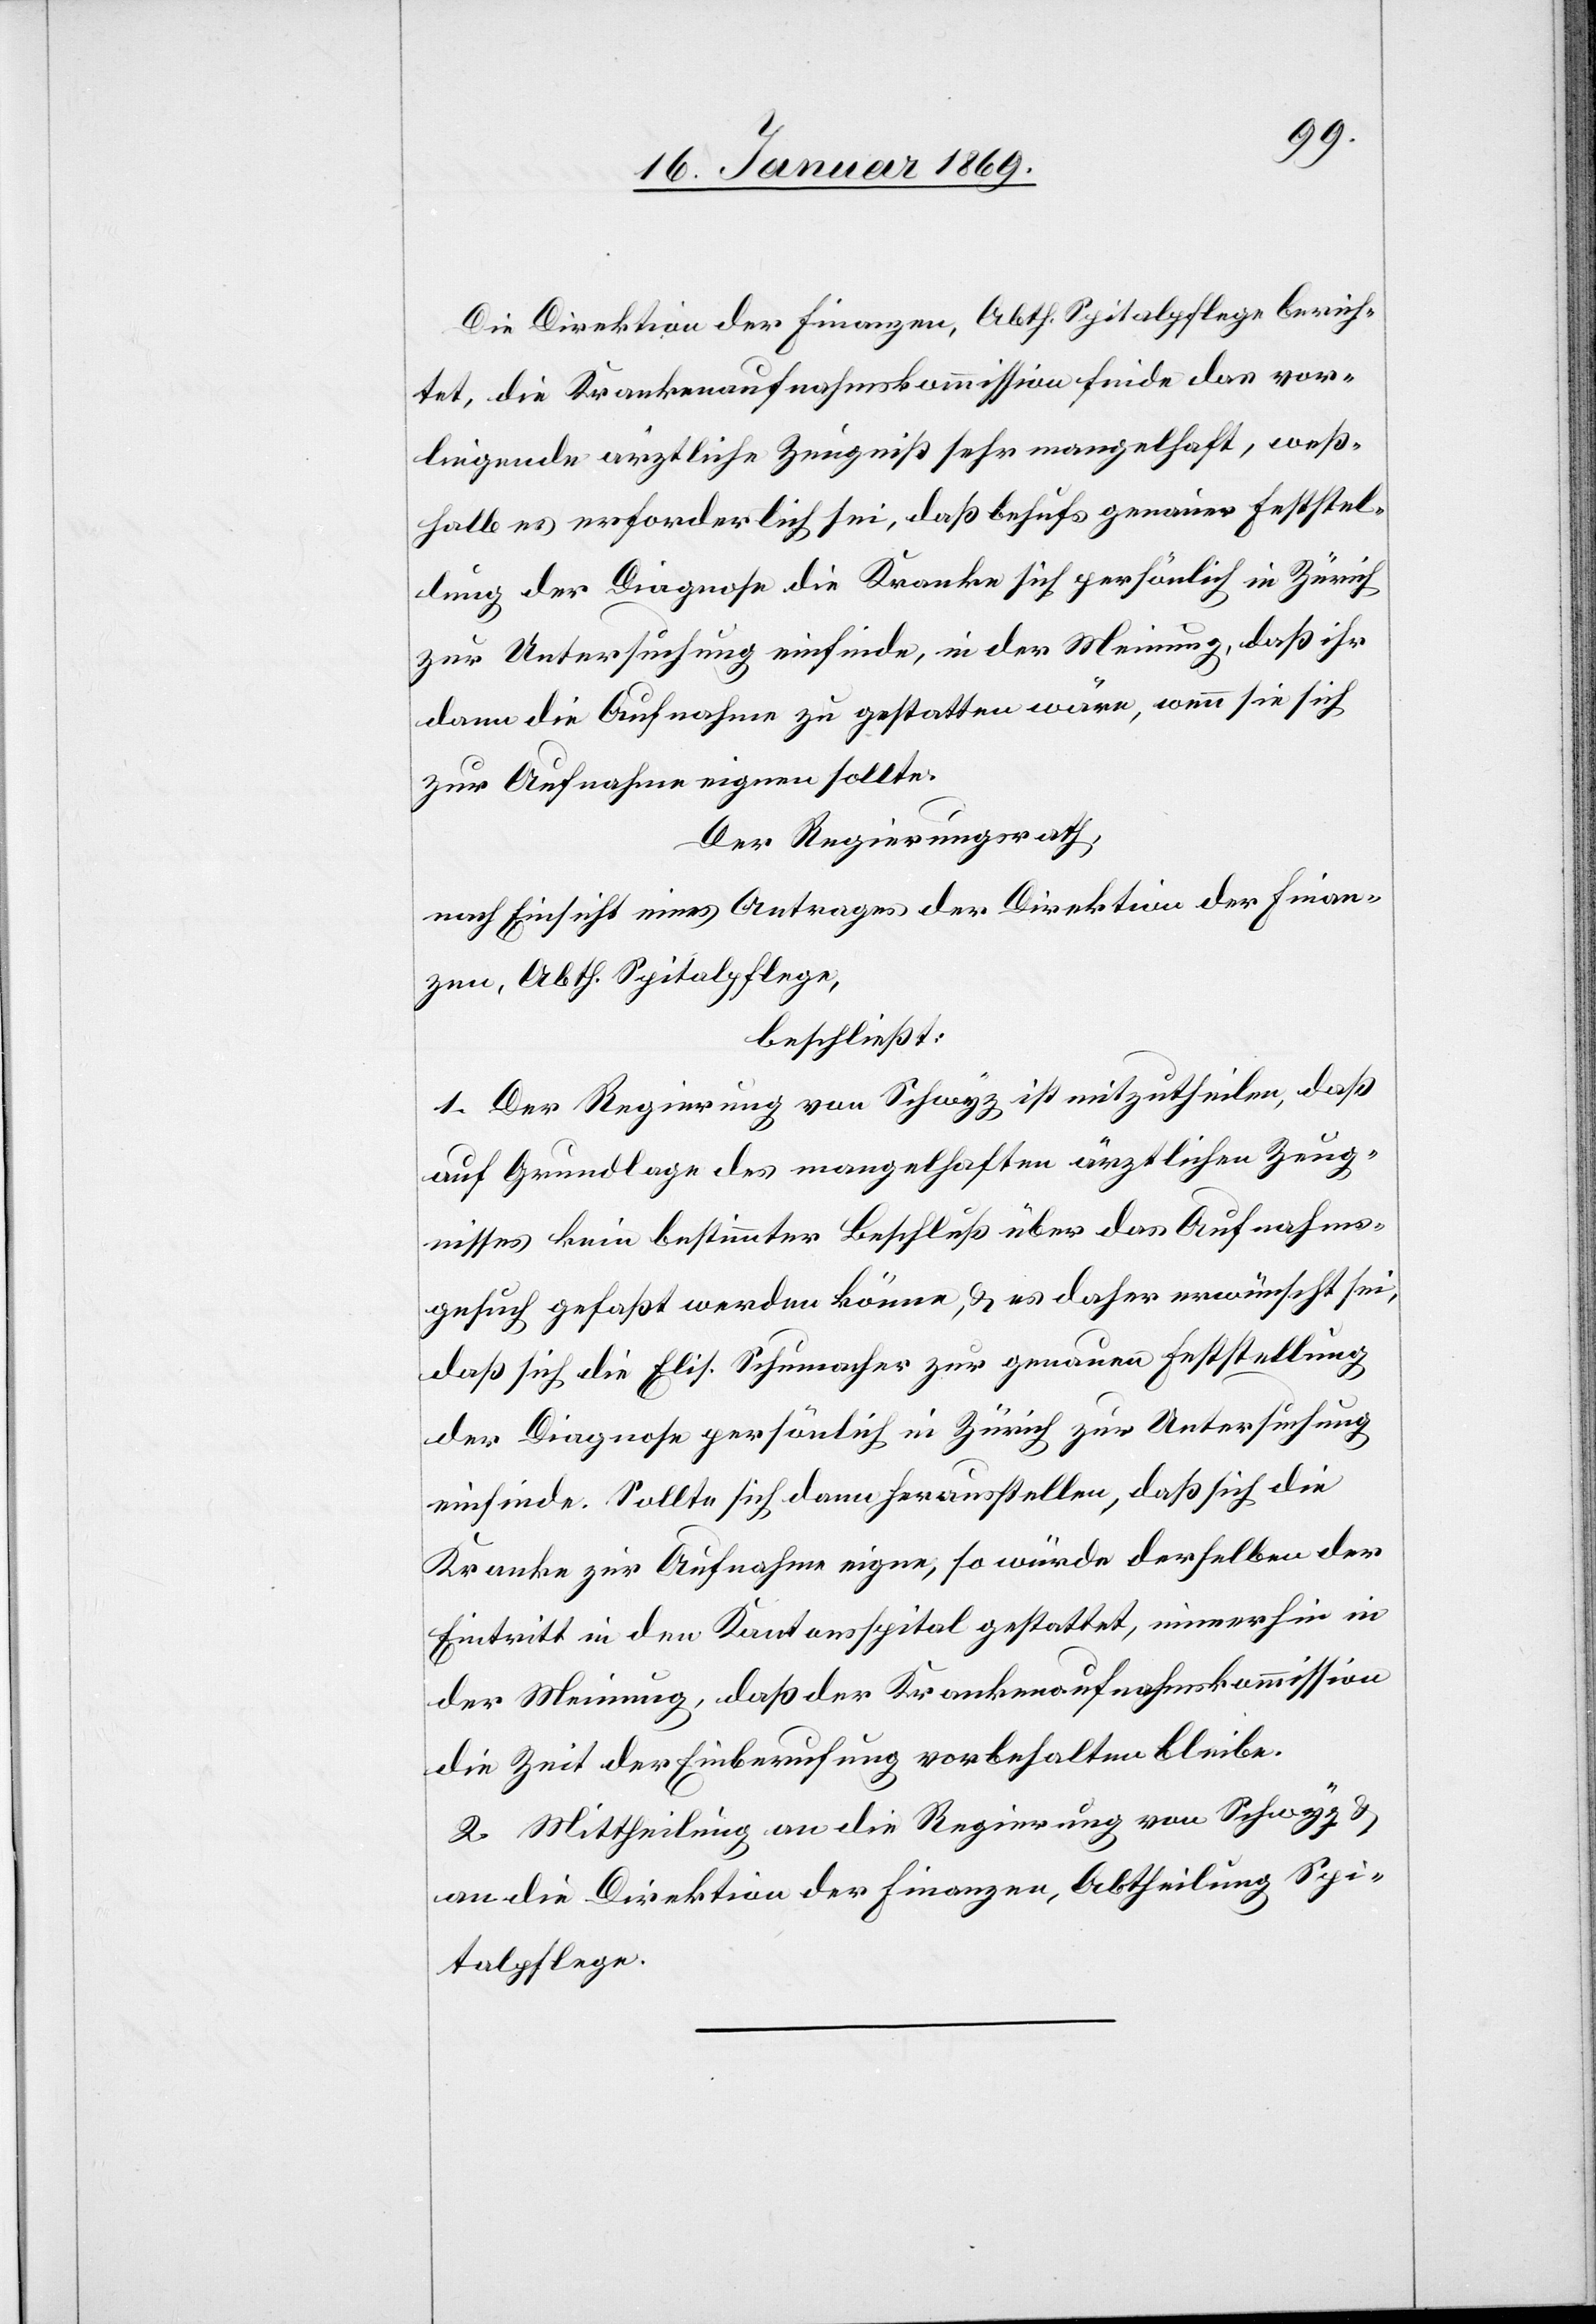
Die Direktion der Finanzen, Abth. Spitalpflege berich¬
tet, die Krankenaufnahmskommssion finde das vor¬
liegende ärztliche Zeugniß sehr mangelhaft, weß¬
halb es erforderlich sei, daß behufs genauer Feststel¬
lung der Diagnose die Kranke sich persönlich in Zürich
zur Untersuchung einfinde, in der Meinung, daß ihr
dann die Aufnahme zu gestatten wäre, wenn sie sich
zur Aufnahme eignen sollte.
Der Regierungsrath,
nach Einsicht eines Antrages der Direktion der Finan¬
zen, Abth. Spitalpflege,
beschließt:
1. Der Regierung von Schwyz ist mitzutheilen, daß
auf Grundlage des mangelhaften ärztlichen Zeug¬
nisses kein bestimmter Beschluß über das Aufnahms¬
gesuch gefaßt werden könne, u. es daher erwünscht sei,
daß sich die Elis. Schumacher zur genauen Feststellung
der Diagnose persönlich in Zürich zur Untersuchung
einfinde. Sollte sich dann herausstellen, daß sich die
Kranke zur Aufnahme eigne, so würde derselben der
Eintritt in den Kantonsspital gestattet, immerhin in
der Meinung, daß der Krankenaufnahmskommission
die Zeit der Einberufung vorbehalten bleibe.
2. Mittheilung an die Regierung von Schwyz u.
an die Direktion der Finanzen, Abtheilung Spi¬
talpflege.